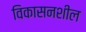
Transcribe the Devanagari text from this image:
विकासनशील